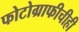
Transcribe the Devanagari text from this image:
फोटोग्राफीचीही